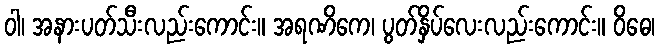
ဝါ၊ အနားပတ်သီးလည်းကောင်း။ အရဏိကေ၊ ပွတ်နှိပ်လေးလည်းကောင်း။ ဝိဓေ၊